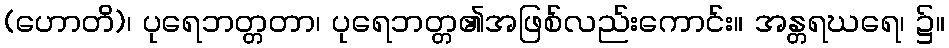
(ဟောတိ)၊ ပုရေဘတ္တတာ၊ ပုရေဘတ္တ၏အဖြစ်လည်းကောင်း။ အန္တရဃရေ၊ ၌။